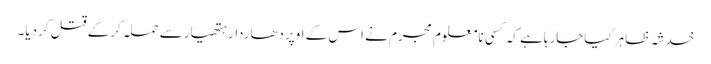
خدشہ ظاہر کیاجارہاہے کہ کسی نامعلوم مجرم نے اس کے اوپردھاردارہتھیارسے حملہ کرکے قتل کردیا۔